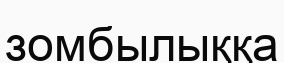
зомбылыққа